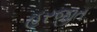
હરજીત